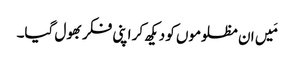
مَیں ان مظلوموں کو دیکھ کر اپنی فکر بھول گیا۔